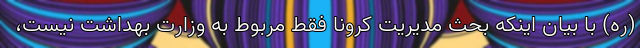
(ره) با بیان اینکه بحث مدیریت کرونا فقط مربوط به وزارت بهداشت نیست،